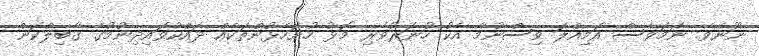
ނޫނެވެ. ނަމަވެސް އަމިއްލަ ވިސްނުމާ އެކު ހުނަރުވެރި މޮޅު ހުށަހެޅުންތަކެއް ދައްކުވައިދިނުމުގެ ގާބިލްކަން